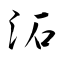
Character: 沰